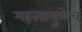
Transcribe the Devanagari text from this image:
महत्त्वामुळेच